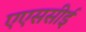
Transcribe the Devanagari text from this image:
एएससीई